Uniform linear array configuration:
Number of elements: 48
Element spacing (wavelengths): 1
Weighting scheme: blackman
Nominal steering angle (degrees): -15
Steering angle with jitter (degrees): -13.63
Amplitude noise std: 0.05
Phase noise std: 0.05

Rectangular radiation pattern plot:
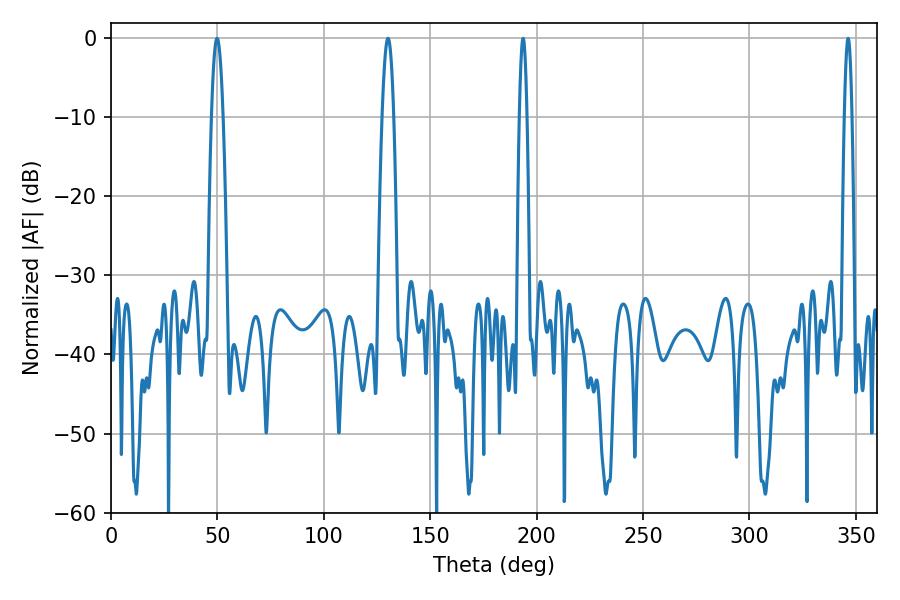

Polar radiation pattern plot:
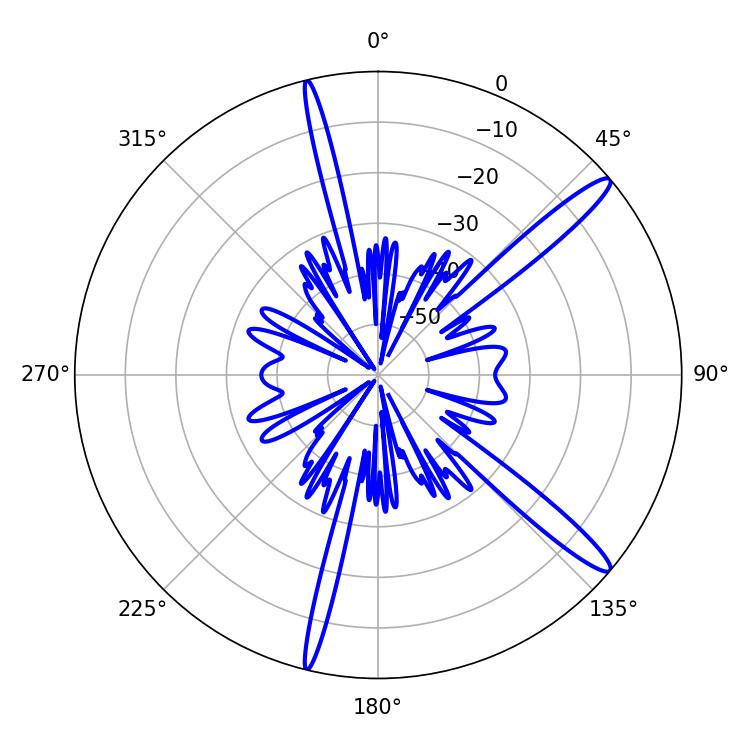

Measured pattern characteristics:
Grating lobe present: TRUE
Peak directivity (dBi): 14.594
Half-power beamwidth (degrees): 2.88
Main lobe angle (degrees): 49.86